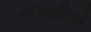
તાપસીએ